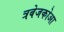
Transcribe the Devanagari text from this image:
त्रबेजकोआ